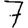
Digit: 7